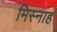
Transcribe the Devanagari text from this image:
मिस्नाह